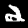
Label: 2